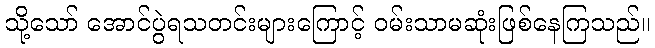
သို့သော် အောင်ပွဲရသတင်းများကြောင့် ဝမ်းသာမဆုံးဖြစ်နေကြသည်။